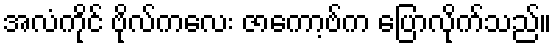
အလံကိုင် ဗိုလ်ကလေး ဇာကော့ဗ်က ပြောလိုက်သည်။